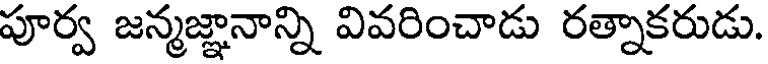
పూర్వ జన్మజ్ఞానాన్ని వివరించాడు రత్నాకరుడు.